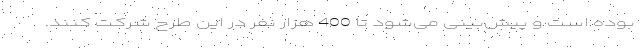
بوده است و پیش‌بینی می‌شود تا 400 هزار نفر در این طرح شرکت کنند.